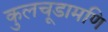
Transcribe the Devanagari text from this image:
कुलचूडामणि